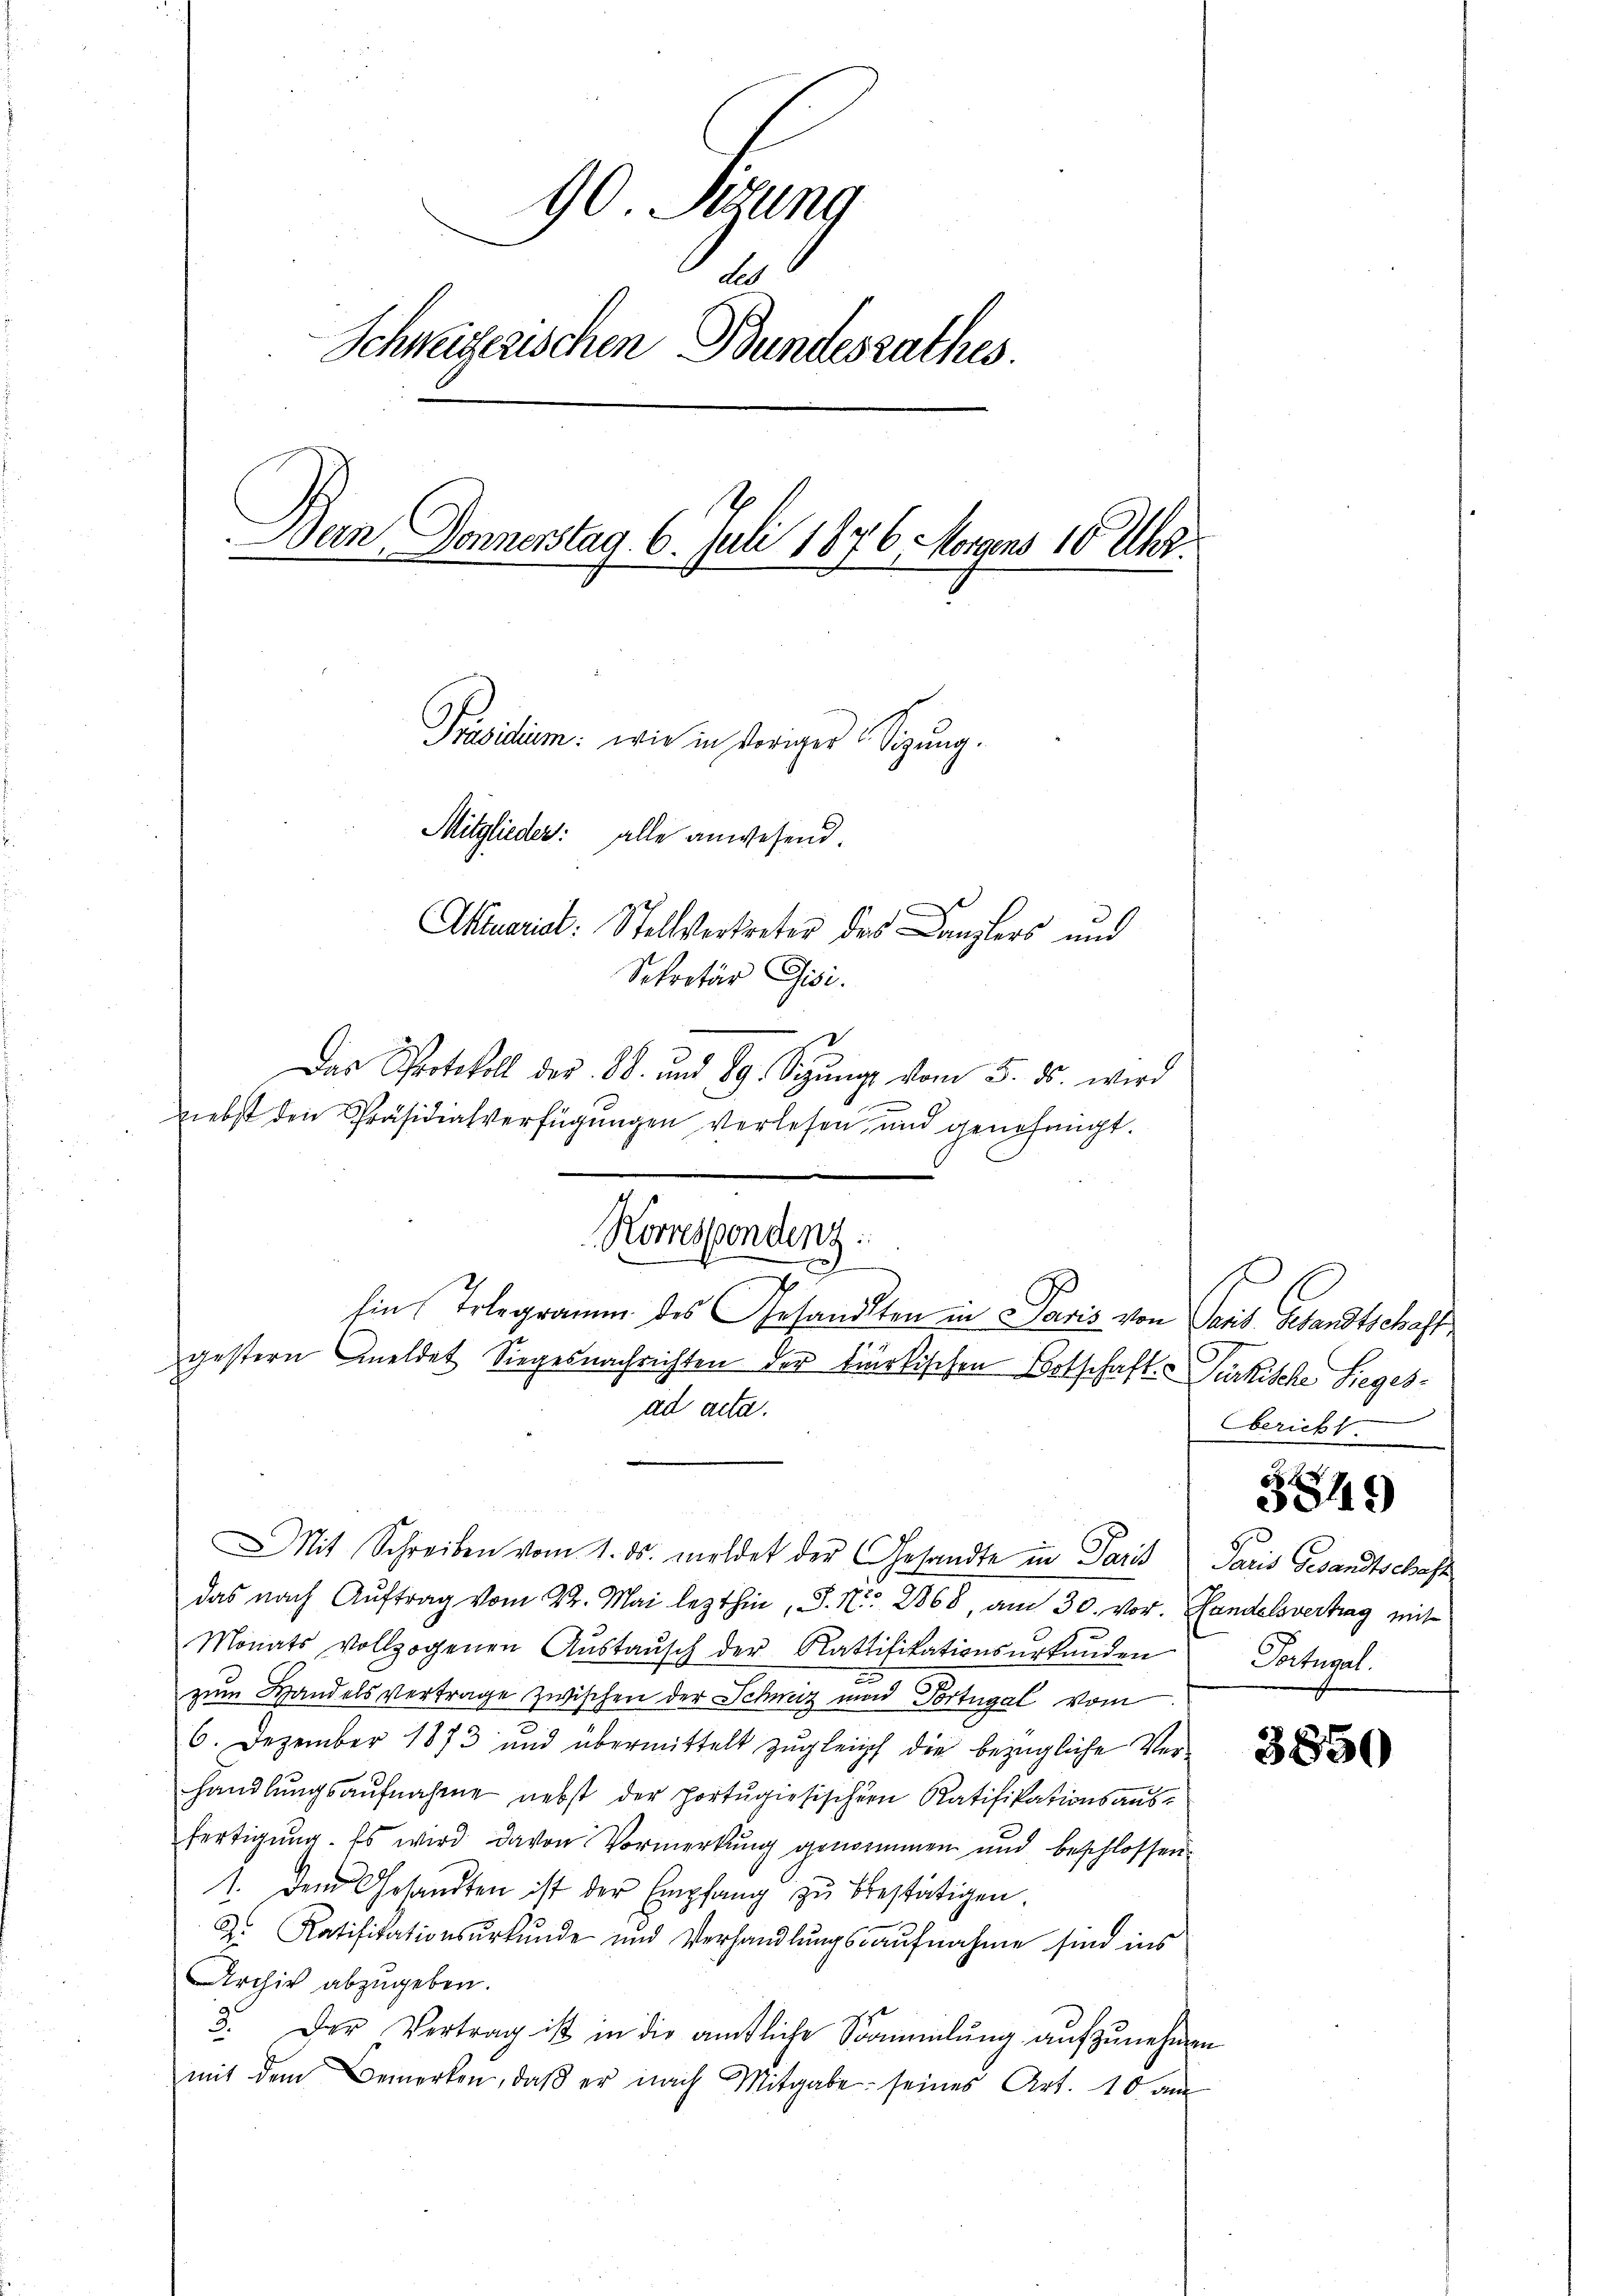
90. Sitzung
1
Schweizerischen Bundesrathes.
Dan Donnerstag 6. Juli 1876. Morgens 10 Uhr.
Präsidium: wie in voriger Sitzung.
Mitglieder: alle anwesend.
Aktuariat: Stellvertreter des Canzlers und
Sekretär Gisi.

Das Protokoll der 38. und 29. Sigŭng vom 5. ds. wird
Liebst den Präsidialverfügungen verlesen, und genehmigt.
Ein Telegramm des Gesandten in Paris von Send. Gesandtschaft
gestern meldet Siegesnachrichten der kiärkischen Ortschaft Dürkische Lieges-
ad acta.
MMit Schreiben vom 1. ds. meldet der Gesandte in Paris Paris Gesandtschaft
das nach Auftrag vom 22. Mai lezthin, S. Nr. 2868, am 30. vor. Handelsvertrag mit
Monats vollzogenen Aŭstaŭsch der Ratifikationsurkunden
zum Handels vertrage zwischen der Schweiz und Portugal vom
6. Dezember 1873 und übermittelt zŭgleich die bezügliche Ver-
handlungsaufnahme nebst der portugisischern Ratifikationsausfertigung. Es wird davon Vormerkung genommen und beschlossen.
1. Dem Gesandten ist der Empfang zŭ bestätigen.
Der Ratifikationsurkunde und Verhandlungsaufnahme sind ins
Archiv abzugeben.
3. Der Vertrag ist in die amtliche Sammlung aufzunehmen
mit dem Bemerken, daβ er nach Mitgabe seines Art. 10 an

Korrespondenz.

bericht.

519)

Satural

3850